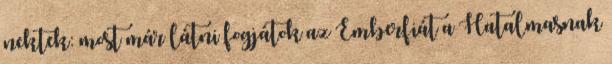
nektek: most már látni fogjátok az Emberfiát a Hatalmasnak